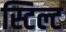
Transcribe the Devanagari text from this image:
स्टिल्ट